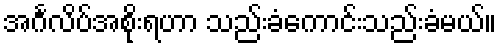
အင်္ဂလိပ်အစိုးရဟာ သည်းခံကောင်းသည်းခံမယ်။